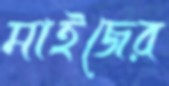
মাইজের